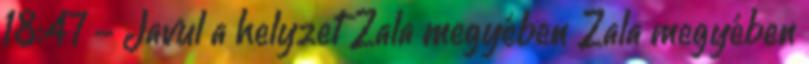
18:47 - Javul a helyzet Zala megyében Zala megyében